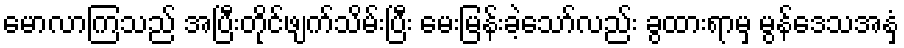
မောလာကြသည် အပြီးတိုင်ဖျက်သိမ်းပြီး မေးမြန်းခဲ့သော်လည်း ခွထားရာမှ မွန်ဒေသအနှံ့